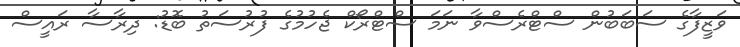
ވަޒީފާގެ ސަބަބުން ސްޓްރެސްވާ ނަމަ ސްޓްރޯކް ޖެހުމުގެ ފުރުސަތު ބޮޑު: ދިރާސާ ރައީސް